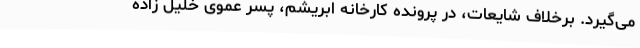
می‌گیرد. برخلاف شایعات، در پرونده کارخانه ابریشم، پسر عموی خلیل زاده